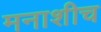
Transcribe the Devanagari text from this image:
मनाशीच